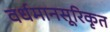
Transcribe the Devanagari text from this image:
वर्धमानसूरिकृत